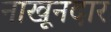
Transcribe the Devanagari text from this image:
नाखूनदार